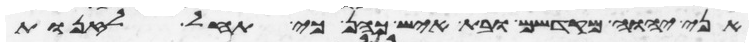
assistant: אני יהוה מקדשם ובת איש כהן כי תחל לזנות